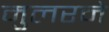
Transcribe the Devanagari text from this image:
मुलरने